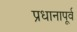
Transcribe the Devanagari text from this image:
प्रधानापूर्व